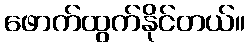
ဖောက်ထွက်နိုင်တယ်။